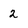
Character: 2